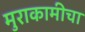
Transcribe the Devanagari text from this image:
मुराकामीचा